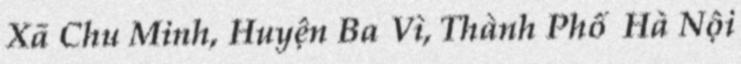
Xã Chu Minh, Huyện Ba Vì, Thành Phố Hà Nội